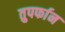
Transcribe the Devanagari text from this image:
तुपर्फान